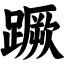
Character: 蹶